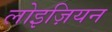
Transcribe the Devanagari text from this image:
लोइज़ियन